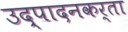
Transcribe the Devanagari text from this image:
उद्पादनकर्ता